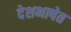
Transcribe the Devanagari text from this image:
देशभाषेत